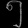
Digit: ၅